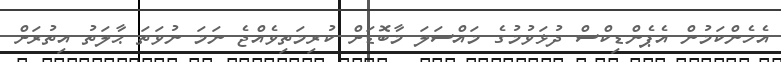
އެހެންކަމުން އެޕެންޑިކްސް ދުޅަވުމުގެ މައްސަލަ މާބޮޑަށް ކުރިމަތިވެއްޖެ ނަމަ ނުވަތަ ޙާލަތު އިތުރަށް